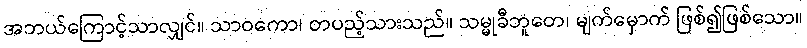
အဘယ်ကြောင့်သာလျှင်။ သာဝကော၊ တပည့်သားသည်။ သမ္မုခီဘူတေ၊ မျက်မှောက် ဖြစ်၍ဖြစ်သော။